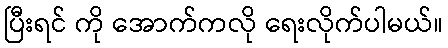
ပြီးရင် ကို အောက်ကလို ရေးလိုက်ပါမယ်။